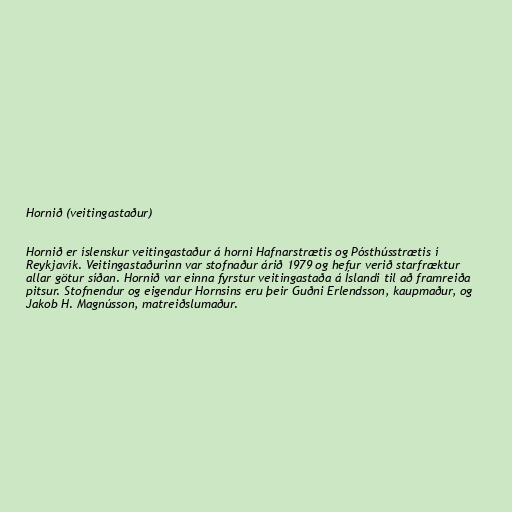
Hornið (veitingastaður)

Hornið er íslenskur veitingastaður á horni Hafnarstrætis og Pósthússtrætis í
Reykjavík. Veitingastaðurinn var stofnaður árið 1979 og hefur verið starfræktur
allar götur síðan. Hornið var einna fyrstur veitingastaða á Íslandi til að framreiða
pitsur. Stofnendur og eigendur Hornsins eru þeir Guðni Erlendsson, kaupmaður, og
Jakob H. Magnússon, matreiðslumaður.